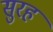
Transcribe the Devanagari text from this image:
सुरह